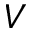
V